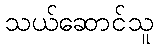
သယ်ဆောင်သူ